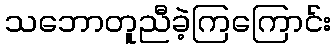
သဘောတူညီခဲ့ကြကြောင်း